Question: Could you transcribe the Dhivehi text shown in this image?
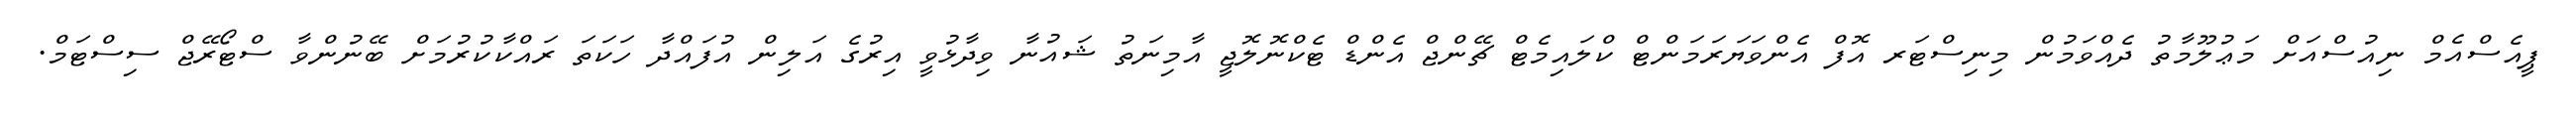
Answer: ޕީއެސްއެމް ނިއުސްއަށް މަޢުލޫމާތު ދެއްވަމުން މިނިސްޓަރ އޮފް އެންވަޔަރަމަންޓް ކްލައިމެޓް ޗޭންޖް އެންޑް ޓެކްނޮލޮޖީ އާމިނަތު ޝައުނާ ވިދާޅުވީ އިރުގެ އަލިން އުފައްދާ ހަކަތަ ރައްކާކުރުމަށް ބޭނުންވާ ސްޓޯރޭޖް ސިސްޓަމް.